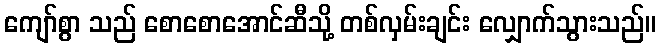
ကျော်စွာ သည် စောစောအောင်ဆီသို့ တစ်လှမ်းချင်း လျှောက်သွားသည်။